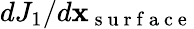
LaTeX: dJ_{1}/d\mathbf x_{\mathrm{~s~u~r~f~a~c~e~}}